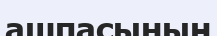
ашпасының